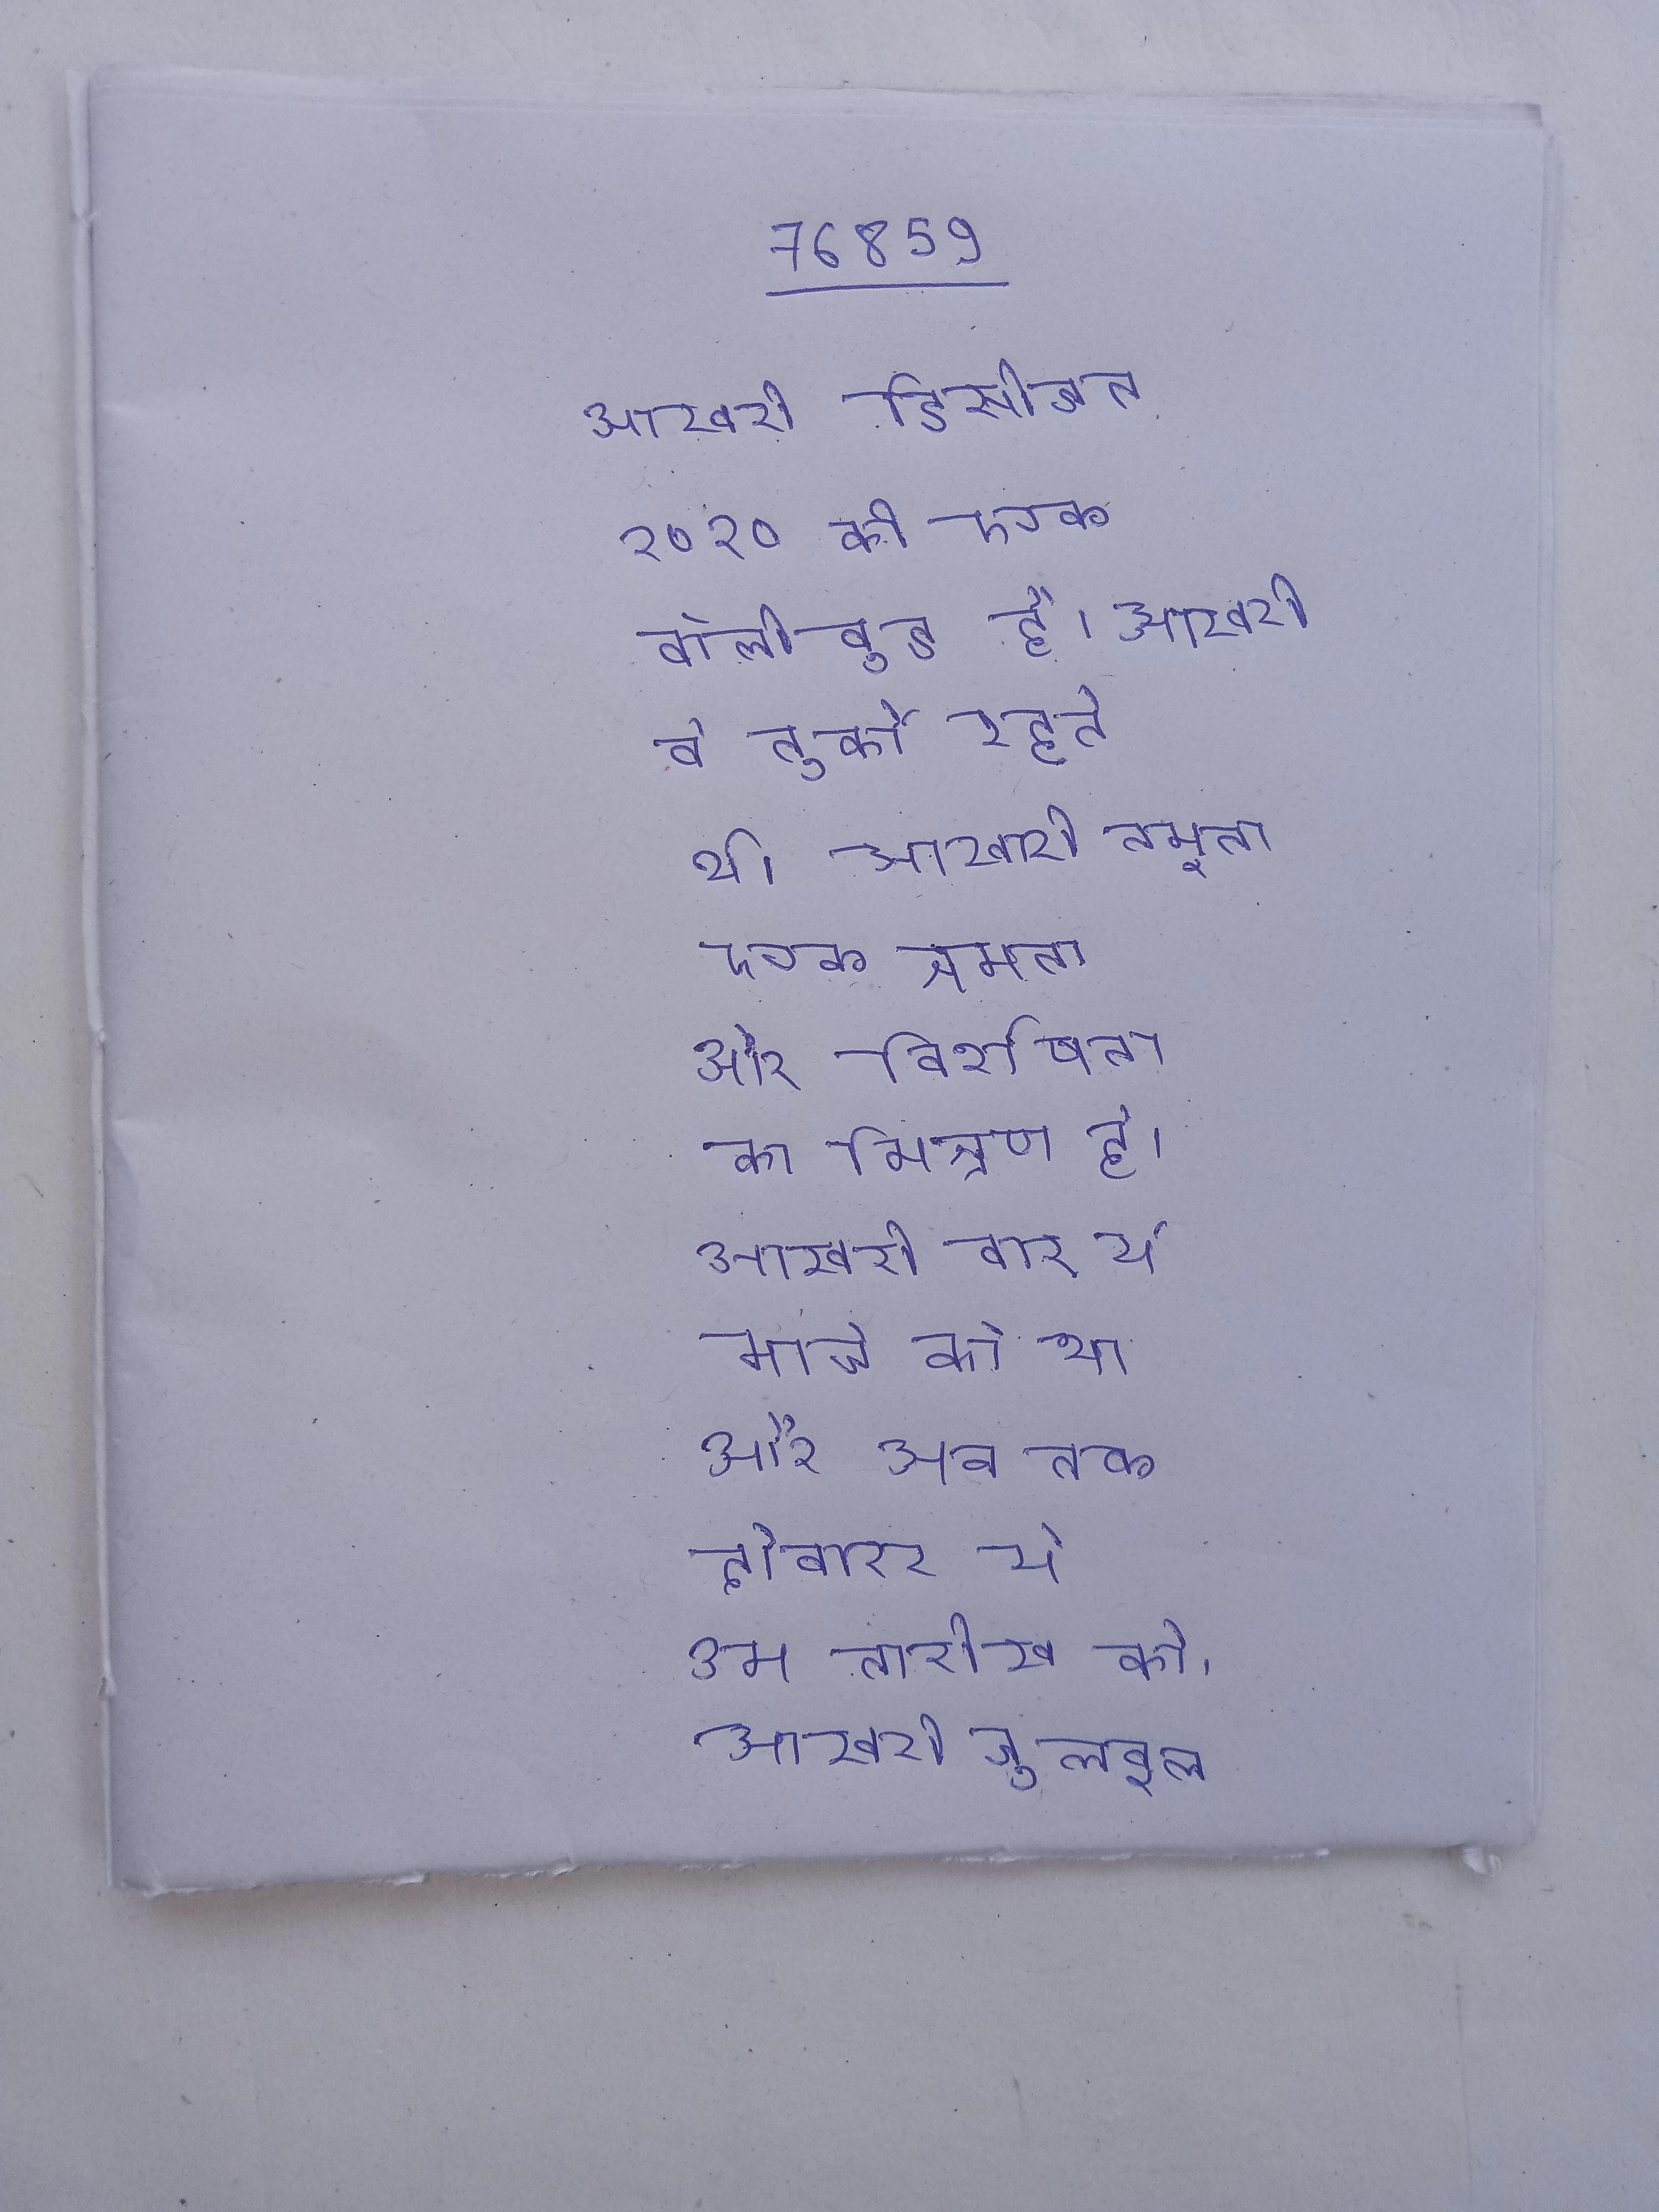
आखरी डिसीजन २०१० की एक बॉलीवुड है । आखरी वे तुर्की रहते थे । आखरी नमूना एक क्षमता और विशेषता का मिश्रण है । आखरी बार ये मार्च को था और अब तक दोबारा ये उस तारीख को . आखरी चुलबुल को मार कर मक्खी को बचा लेता है और यह जान कर की छेदी ने ही उनकी की हत्या की थी, उसे मार देता है ।